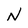
Character: N